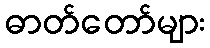
ဓာတ်တော်များ